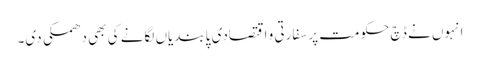
انہوں نے ڈچ حکومت پر سفارتی و اقتصادی پابندیاں لگانے کی بھی دھمکی دی۔